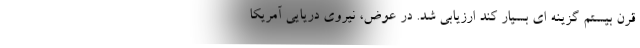
قرن بیستم گزینه ای بسیار کند ارزیابی شد. در عوض، نیروی دریایی آمریکا